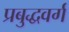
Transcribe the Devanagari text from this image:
प्रबुद्धवर्ग